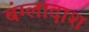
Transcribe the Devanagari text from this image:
बंग्लादाश